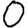
Digit: 0